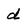
Character: d